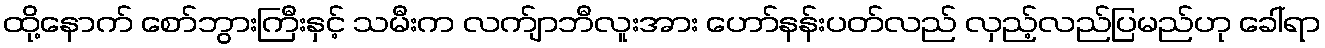
ထို့နောက် စော်ဘွားကြီးနှင့် သမီးက လက်ျာဘီလူးအား ဟော်နန်းပတ်လည် လှည့်လည်ပြမည်ဟု ခေါ်ရာ